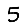
Digit: 5